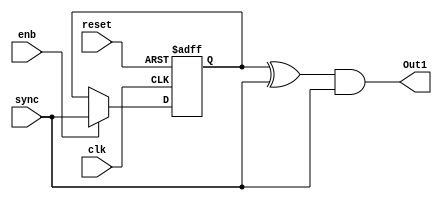
// -------------------------------------------------------------
// 
// 
// Generated by MATLAB 9.13 and HDL Coder 4.0
// 
// -------------------------------------------------------------


// -------------------------------------------------------------
// 
// Module: SingleEdgeDetectorL2H1
// Source Path: BlobAnalysisHDL/BlobDetector/CCA_Algorithm/cca/SingleEdgeDetectorL2H1
// Hierarchy Level: 3
// 
// -------------------------------------------------------------

`timescale 1 ns / 1 ns

module SingleEdgeDetectorL2H1
          (clk,
           reset,
           enb,
           sync,
           Out1);


  input   clk;
  input   reset;
  input   enb;
  input   sync;
  output  Out1;


  reg  Unit_Delay_out1;
  wire Logical_Operator_out1;
  wire Logical_Operator2_out1;


  always @(posedge clk or posedge reset)
    begin : Unit_Delay_process
      if (reset == 1'b1) begin
        Unit_Delay_out1 <= 1'b0;
      end
      else begin
        if (enb) begin
          Unit_Delay_out1 <= sync;
        end
      end
    end



  assign Logical_Operator_out1 = Unit_Delay_out1 ^ sync;



  assign Logical_Operator2_out1 = Logical_Operator_out1 & sync;



  assign Out1 = Logical_Operator2_out1;

endmodule  // SingleEdgeDetectorL2H1